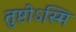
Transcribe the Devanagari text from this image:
तुष्टोऽस्मि